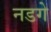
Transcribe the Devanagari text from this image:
नडगे